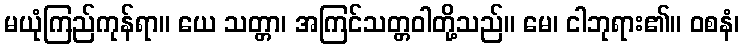
မယုံကြည်ကုန်ရာ။ ယေ သတ္တာ၊ အကြင်သတ္တဝါတို့သည်။ မေ၊ ငါဘုရား၏။ ဝစနံ၊